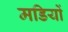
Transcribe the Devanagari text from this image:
मडियों